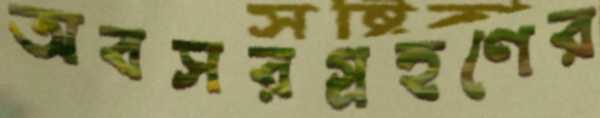
অবসরগ্রহণের